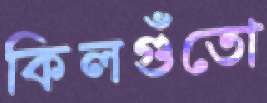
কিলগুঁতো